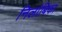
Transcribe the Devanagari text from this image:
निलांबिका